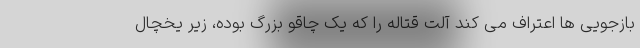
بازجویی ها اعتراف می کند آلت قتاله را که یک چاقو بزرگ بوده، زیر یخچال